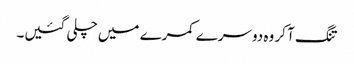
تنگ آ کر وہ دوسرے کمرے میں چلی گئیں۔